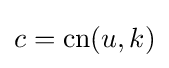
c=\operatorname {cn} (u,k)